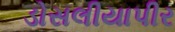
ડોસલીયાપીર